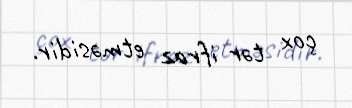
çox tər ifraz etməsidir.